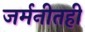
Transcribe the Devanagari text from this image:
जर्मनीतही